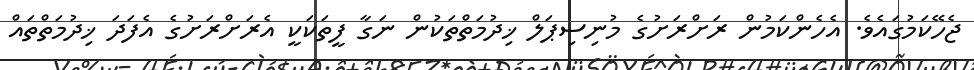
ޖެހޭކަމުގައެވެ. އެހެންކަމުން ރަށްރަށުގެ މުނިސިޕަލް ޚިދުމަތްތަކުން ނަގާ ފީތަކަކީ އެރަށްރަށުގެ އެފަދަ ޚިދުމަތްތައް